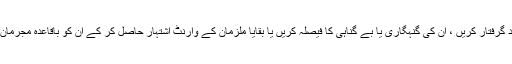
DSP اور SHO کو ہدایت ہوئی کہ سنگین مقدمات میں ملوث بقایا ملزمان کو تمام ذرائع بروئے کار لاکر جلد از جلد گرفتار کریں ، ان کی گنہگاری یا بے گناہی کا فیصلہ کریں یا بقایا ملزمان کے وارنٹ اشتہار حاصل کر کے ان کو باقاعدہ مجرمان اشتہاری ڈکلئیر کروائیں اور مکمل چالان مرتب کر کے داخل عدالت کروائیں ۔